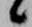
候